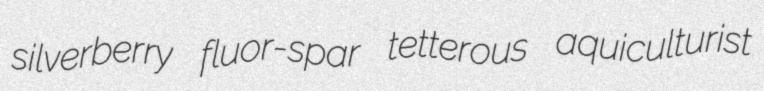
silverberry fluor-spar tetterous aquiculturist